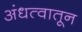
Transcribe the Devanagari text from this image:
अंधत्वातून